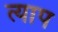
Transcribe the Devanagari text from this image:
त्याप